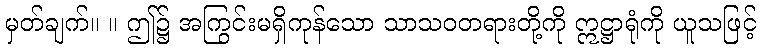
မှတ်ချက်။ ။ ဤ၌ အကြွင်းမရှိကုန်သော သာသဝတရားတို့ကို ဣဋ္ဌာရုံကို ယူသဖြင့်